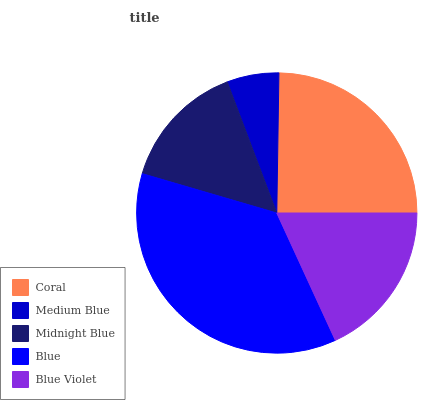
| Coral | Medium Blue | Midnight Blue | Blue | Blue Violet |
 | --- | --- | --- | --- | --- |
 | 24.8% | 5.99% | 14.7% | 36.4% | 18.1% |